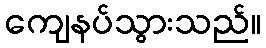
ကျေနပ်သွားသည်။